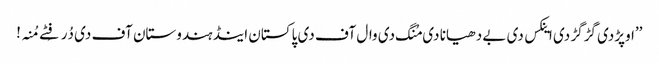
’’اوپڑدی گڑگڑ دی اینکس دی بے دھیانا دی مُنگ دی وال آف دی پاکستان اینڈ ہندوستان آف دی دُرفِٹے مُنہ!